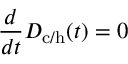
\frac { d } { d t } D _ { \mathrm { c / h } } ( t ) = 0